Annual administration report of the Civil Veterinary Department of India - 1898-1899
Year: 1898
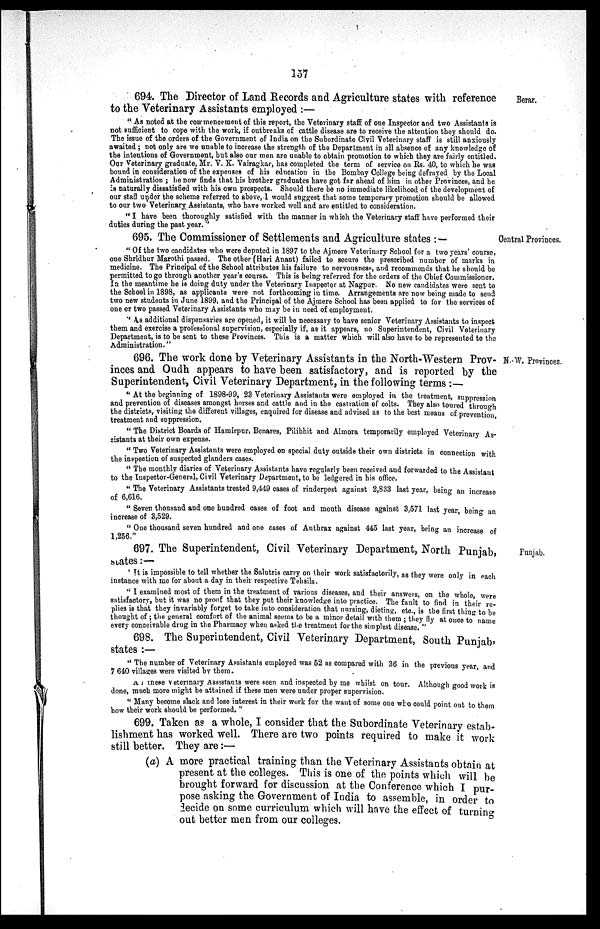
157
Berar.
694. The Director of Land Records and Agriculture states with reference
to the Veterinary Assistants employed :—
"As noted at the commencement of this report, the Veterinary staff of one Inspector and two Assistants is
not sufficient to cope with the work, if outbreaks of cattle disease are to receive the attention they should do.
The issue of the orders of the Government of India on the Subordinate Civil Veterinary staff is still anxiously
awaited ; not only are we unable to increase the strength of the Department in all absence of any knowledge of
the intentions of Government, but also our men are unable to obtain promotion to which they are fairly entitled.
Our Veterinary graduate, Mr. V. K. Vairagkar, has completed the term of service on Rs. 40, to which he was
bound in consideration of the expenses of his education in the Bombay College being defrayed by the Local
Administration ; he now finds that his brother graduates have got far ahead of him in other Provinces, and he
is naturally dissatisfied with his own prospects. Should there be no immediate likelihood of the development of
our staff under the scheme referred to above, I would suggest that some temporary promotion should be allowed
to our two Veterinary Assistants, who have worked well and are entitled to consideration.
"I have been thoroughly satisfied with the manner in which the Veterinary staff have performed their
duties during the past year. "
Central Provinces.
695. The Commissioner of Settlements and Agriculture states : —
" Of the two candidates who were deputed in 1897 to the Ajmere Veterinary School for a two years' course,
one Shridhur Marothi passed. The other (Hari Anant) failed to secure the prescribed number of marks in
medicine. The Principal of the School attributes his failure to nervousness, and recommends that he should be
permitted to go through another year's course. This is being referred for the orders of the Chief Commissioner.
In the meantime he is doing duty under the Veterinary Inspector at Nagpur. No new candidates were sent to
the School in 1898, as applicants were not forthcoming in time. Arrangements are now being made to send
two new students in June 1899, and the Principal of the Ajmere School has been applied to for the services of
one or two passed Veterinary Assistants who may be in need of employment.
" As additional dispensaries are opened, it will be necessary to have senior Veterinary Assistants to inspect
them and exercise a professional supervision, especially if, as it appears, no Superintendent, Civil Veterinary
Department, is to be sent to these Provinces. This is a matter which will also have to be represented to the
Administration."
N.-W. Provinces.
696. The work done by Veterinary Assistants in the North-Western Prov-
inces and Oudh appears to have been satisfactory, and is reported by the
Superintendent, Civil Veterinary Department, in the following terms:—
"At the beginning of 1898-99, 23 Veterinary Assistants were employed in the treatment, suppression
and prevention of diseases amongst horses and cattle and in the castration of colts. They also toured through
the districts, visiting the different villages, enquired for disease and advised as to the best means of prevention,
treatment and suppression.
" The District Boards of Hamirpur, Benares, Pilibhit and Almora temporarily employed Veterinary As-
sistants at their own expense.
" Two Veterinary Assistants were employed on special duty outside their own districts in connection with
the inspection of suspected glanders cases.
" The monthly diaries of Veterinary Assistants have regularly been received and forwarded to the Assistant
to the Inspector-General, Civil Veterinary Department, to be ledgered in his office.
" The Veterinary Assistants treated 9,449 cases of rinderpest against 2,833 last year, being an increase
of 6,616.
" Seven thousand and one hundred cases of foot and mouth disease against 3,571 last year, being an
increase of 3,529.
" One thousand seven hundred and one cases of Authrax against 445 last year, being an increase of
1,256."
Punjab.
697. The Superintendent, Civil Veterinary Department, North Punjab,
states:—
'It is impossible to tell whether the Salutris carry on their work satisfactorily, as they were only in each
instance with me for about a day in their respective Tehsils.
" I examined most of them in the treatment of various diseases, and their answers, on the whole, were
satisfactory, but it was no proof that they put their knowledge into practice. The fault to find in their re-
plies is that they invariably forget to take into consideration that nursing, dieting, etc., is the first thing to be
thought of ; the general comfort of the animal seems to be a minor detail with them ; they fly at once to name
every conceivable drug in the Pharmacy when asked the treatment for the simplest disease. "
698. The Superintendent, Civil Veterinary Department, South Punjab,
states :—
" The number of Veterinary Assistants employed was 52 as compared with 36 in the previous year, and
7 640 villages were visited by them.
A these veterinary Assistants were seen and inspected by me whilst on tour. Although good work is
done, much more might be attained if these men were under proper supervision.
" Many become slack and lose interest in their work for the want of some one who could point out to them
how their work should be performed. "
699. Taken as a whole, I consider that the Subordinate Veterinary estab-
lishment has worked well. There are two points required to make it work
still better. They are:—
(a) A more practical training than the Veterinary Assistants obtain at
present at the colleges. This is one of the points which will be
brought forward for discussion at the Conference which I pur-
pose asking the Government of India to assemble, in order to
decide on some curriculum which will have the effect of turning
out better men from our colleges.